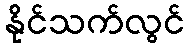
နိုင်သက်လွင်